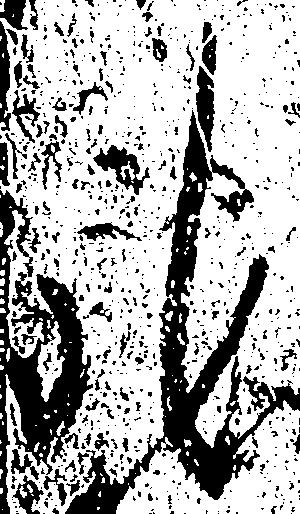
馳